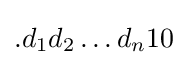
.d_{1}d_{2}\ldots d_{n}10